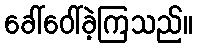
ခေါ်ဝေါ်ခဲ့ကြသည်။